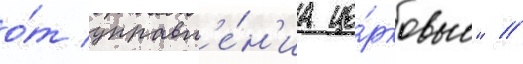
о́т управл'е́н'иа це́рковью" //